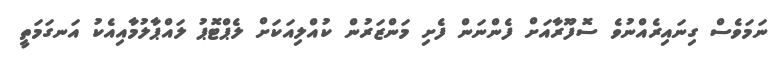
ނަމަވެސް ގިނައިރެއްނުވެ ސޮފޫރާއަށް ފެންނަން ފެށި މަންޒަރުން ކުއްލިއަކަށް ލެޕްޓޮޕު ލައްޕާލުމާއިއެކު އަނގަމަތީ